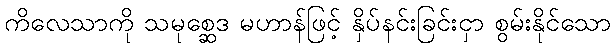
ကိလေသာကို သမုစ္ဆေဒ မဟာန်ဖြင့် နှိပ်နင်းခြင်းငှာ စွမ်းနိုင်သော